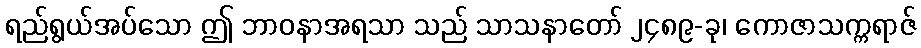
ရည်ရွယ်အပ်သော ဤ ဘာဝနာအရသာ သည် သာသနာတော် ၂၄၈၉-ခု၊ ကောဇာသက္ကရာဇ်